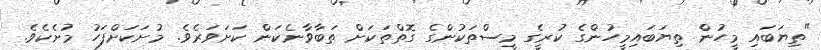
"ތިޔަބައި މީހުން ތިޔަބައިމީހުންގެ ކުރީގެ މީސްތަކުންގެ ގޮތްތަކަށް ތަބާވާނެކަން ކަށަވަރެވެ. މުށަކަށްފަހު މުށެކެވެ.